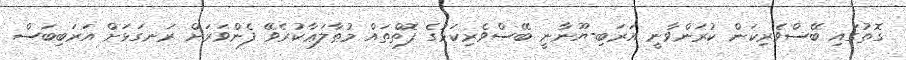
ގޮތުގައި ބޭސްވެރިކަން ކުރަންވާނީ އަރަބި-ޔޫނާނީ ބޭސްވެރިކަމުގެ ފޮތްތައް މުޠާލަޢާކުރެވޭ ފެންވަރަށް ރަނގަޅަށް އަރަބިބަސް